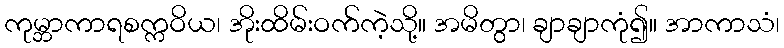
ကုမ္ဘာကာရစက္ကဝိယ၊ အိုးထိမ်းဝက်ကဲ့သို့။ အမိတွာ၊ ချာချာကုံ၍။ အာကာသံ၊